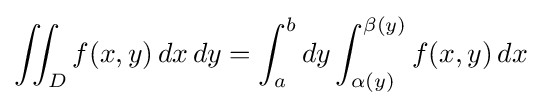
\iint _{D}f(x,y)\,dx\,dy=\int _{a}^{b}dy\int _{\alpha (y)}^{\beta (y)}f(x,y)\,dx